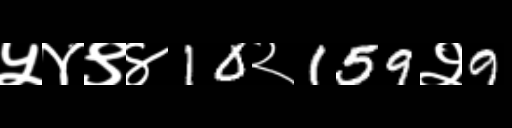
Text: ५४९४10२159२9